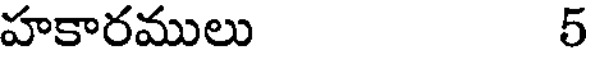
హకారములు 5